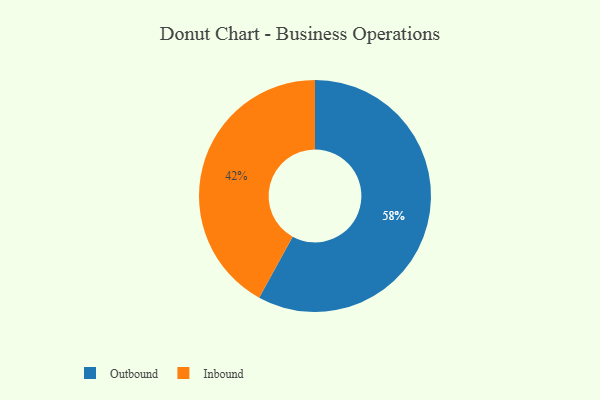
{"axis": {"x": "Category", "y": "Percentage"}, "legend": ["Inbound", "Outbound"], "data": [{"x": "Outbound", "y": 58, "type": "Outbound"}, {"x": "Inbound", "y": 42, "type": "Inbound"}]}